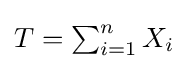
\textstyle T=\sum _{i=1}^{n}X_{i}